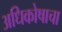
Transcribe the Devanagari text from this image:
अधिकोषाचा